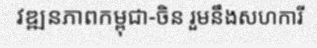
វឌ្ឍនភាពកម្ពុជា-ចិន រួមនឹងសហការី